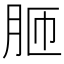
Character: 𦚗